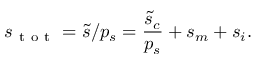
s _ { \mathrm { ~ t ~ o ~ t ~ } } = \tilde { s } / p _ { s } = \frac { \tilde { s } _ { c } } { p _ { s } } + s _ { m } + s _ { i } .